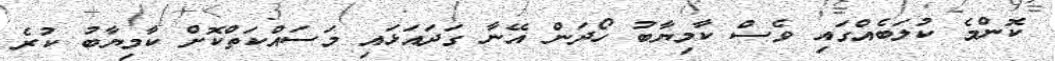
ކޮންމެ ކުލަބެއްގައި ވެސް ކާމިޔާބު ހޯދަން އޭނާ ގަދައަޅައި މަސައްކަތްކޮށް ކާމިޔާބު ކުރެ